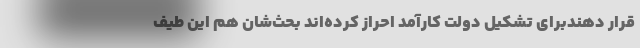
قرار دهندبرای تشکیل دولت کارآمد احراز کرده‌اند بحث‌شان هم این طیف